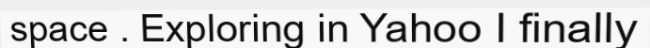
space . Exploring in Yahoo I finally